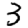
Digit: 3